Lunatic asylums Central Provinces reports 1886-1894 - 1886-1894
Year: 1886
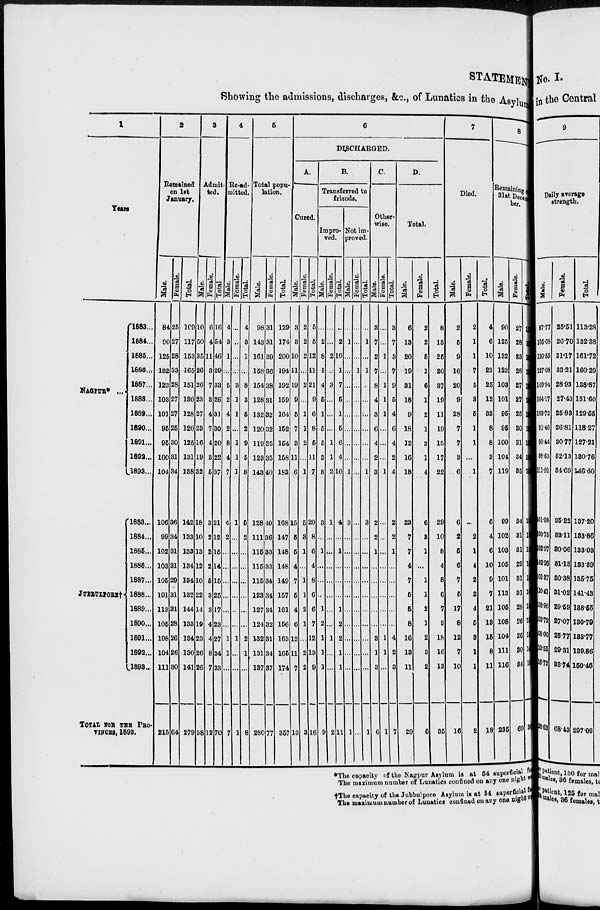
STATEMENT
Showing the admissions, discharges, &c., of Lunatics in the Asylum
1
Years
NAGPUR* ...
JUBBULPORE†
1883 ...
1884 ...
1885 ...
1886 ...
1887 ...
1888 ...
1889 ...
1890 ...
1891 ...
1892 ...
1893 ...
1883 ...
1884 ...
1885 ...
1886 ...
1887 ...
1888 ...
1889 ...
1890 ...
1891 ...
1892 ...
1893 ...
TOTAL FOR THE PRO-
VINCES,1893.
2
Remained
on 1st
January.
Male.
84
90
125
132
123
103
101
95
95
100
104
106
99
102
103
105
101
113
105
108
104
111
215
Female.
25
27
28
33
28
27
27
25
30
31
34
36
34
31
31
29
31
31
28
26
26
30
64
Total.
109
117
153
165
151
130
128
120
125
131
138
142
133
133
134
134
132
144
133
134
130
141
279
3
Admit
ted.
Male.
10
50
35
26
26
23
27
23
16
19
32
18
10
13
12
10
22
14
19
23
26
26
58
Female.
6
4
11
3
7
3
4
7
4
3
5
3
2
2
2
5
3
3
4
4
8
7
12
Total.
16
54
46
29
33
26
31
30
20
22
37
21
12
15
14
15
25
17
23
27
34
33
70
4
Re-ad-
mitted.
Male.
4
3
1
...
5
2
4
2
8
4
7
4
2
...
...
...
...
...
...
1
1
...
7
Female.
...
...
...
...
3
1
1
...
1
1
1
1
...
...
...
...
...
...
...
1
...
...
1
Total.
4
3
1
...
8
3
5
2
9
5
8
5
2
...
...
...
...
...
...
2
1
...
8
5
Total popu-
lation.
Male.
98
143
161
158
154
128
132
120
119
123
143
128
111
115
115
115
123
127
124
132
131
137
280
Female.
31
31
39
36
38
31
32
32
35
35
40
40
36
33
33
34
34
34
32
31
34
37
77
Total.
129
174
200
194
192
159
164
152
154
158
183
168
147
148
148
149
157
161
156
163
165
174
357
6
DISCHARGED.
A.
Cured.
Male.
3
3
10
11
19
9
5
7
3
11
6
15
5
5
4
7
5
4
6
12
11
7
13
Female.
2
2
2
...
2
...
1
1
2
...
1
5
3
1
...
1
1
2
1
...
2
2
3
Total.
5
5
12
11
21
9
6
8
5
11
7
20
8
6
4
8
6
6
7
12
13
9
16
B.
Transferred to
friends.
Impro-
ved.
Male.
...
2
8
1
4
5
1
5
5
3
8
3
...
1
...
...
...
1
2
1
1
1
9
Female.
...
...
2
...
3
...
...
...
1
1
2
1
...
...
...
...
...
...
...
1
...
...
2
Total.
...
2
10
1
7
5
1
5
6
4
10
4
...
1
...
...
...
1
2
2
1
1
11
Not im-
proved.
Male.
...
1
...
...
...
...
...
...
...
...
1
3
...
...
...
...
...
...
...
...
...
...
1
Female.
...
...
...
1
...
...
...
...
...
...
...
...
...
...
...
...
...
...
...
...
...
...
...
Total.
...
1
...
1
...
...
...
...
...
...
1
3
...
...
...
...
...
...
...
...
...
...
1
C.
Other-
wise.
Male.
3
7
2
7
8
4
3
6
4
2
3
2
2
1
...
...
...
...
...
3
1
3
6
Female.
...
...
1
...
1
1
1
...
...
...
1
...
...
...
...
...
...
...
...
1
1
...
1
Total.
3
7
3
7
9
5
4
6
4
2
4
2
2
1
...
...
...
...
...
4
2
3
7
D.
Total.
Male.
6
13
20
19
31
18
9
18
12
16
18
23
7
7
4
7
5
5
8
16
13
11
29
Female.
2
2
5
1
6
1
2
1
3
1
4
6
3
1
...
1
1
2
1
2
3
2
6
Total.
8
15
25
20
37
19
11
19
15
17
22
29
10
8
4
8
6
7
9
18
16
13
35
7
Died.
Male.
2
5
9
16
20
9
28
7
7
3
6
6
2
5
6
7
5
17
8
12
7
10
16
Female.
2
1
1
7
5
3
5
1
1
...
1
...
2
1
4
2
2
4
5
3
1
1
2
Total.
4
6
10
23
25
12
33
8
8
3
7
6
4
6
10
9
7
21
13
16
8
11
18
8
Remaining On
31st Decem-
ber.
Male.
90
125
132
123
103
101
95
95
100
104
119
99
102
103
105
101
113
105
108
104
111
116
235
Female.
27
28
33
28
27
27
25
30
31
34
35
34
31
31
29
31
31
28
26
26
30
34
69
Total.
11
153
165
152
130
128
120
125
131
138
154
133
133
134
134
132
144
133
134
130
141
150
304
*The capacity of the Nagpur Asylum is at 54 superficial feet
The maximum numher of Lunatics confined on any one nigh was
†The capacity of the Jubbulpore Asylum is at 54 superficial feet
The maximum numher of Lunatics confined on any one night was